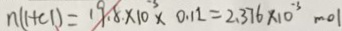
n ( 1 + c 1 ) = 1 9 . 8 \times 1 0 ^ { - 3 } \times 0 . 1 2 = 2 . 3 7 6 \times 1 0 ^ { - 3 } m o l